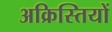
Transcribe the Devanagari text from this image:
अक्रिस्तियों